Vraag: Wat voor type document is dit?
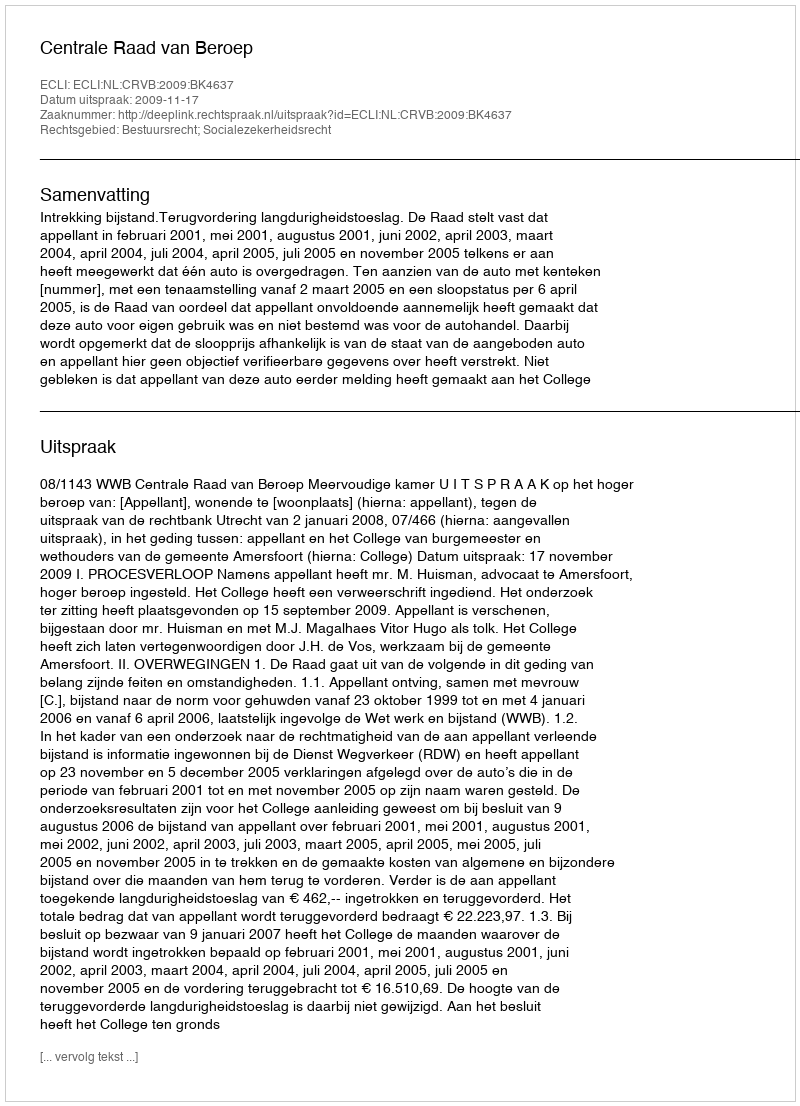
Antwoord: Uitspraak